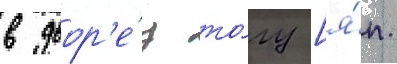
в двор'е́ц то́гу [я́п.